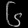
Digit: ၆